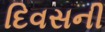
દિવસની